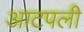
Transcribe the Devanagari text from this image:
आटपली